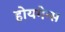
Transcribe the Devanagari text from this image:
होयगेन्स